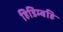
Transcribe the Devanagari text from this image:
हिडिम्बहि